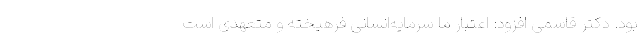
بود. دکتر قاسمی افزود: اعتبار ما سرمایه‌انسانی فرهیخته و متعهدی است